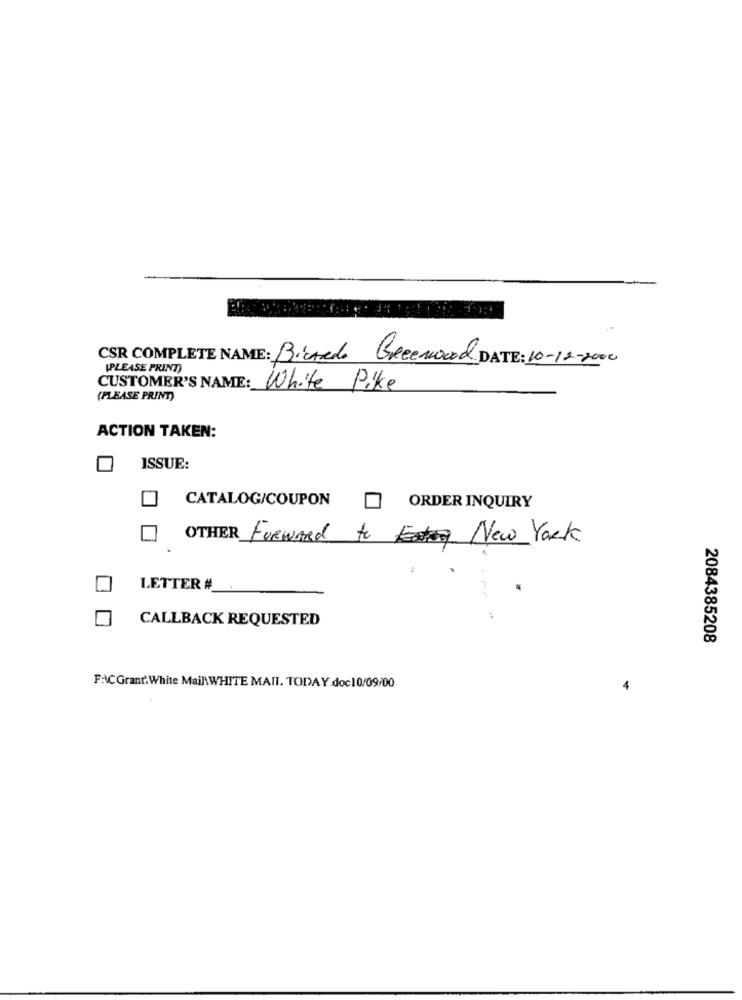
CSR COMPLETE NAME: BirArda Greenwood DATE: 10-12-2000
(PLEASE PRINT)
CUSTOMER'S NAME: White Pike
(PLEASE PRINT)
ACTION TAKEN:
ISSUE:
CATALOG/COUPON
ORDER INQUIRY
OTHER FORWARD to New York
LETTER #_
CALLBACK REQUESTED
2084385208
FACGrant.White Mail\ WHITE MAIL. TODAY.doc10/09/00